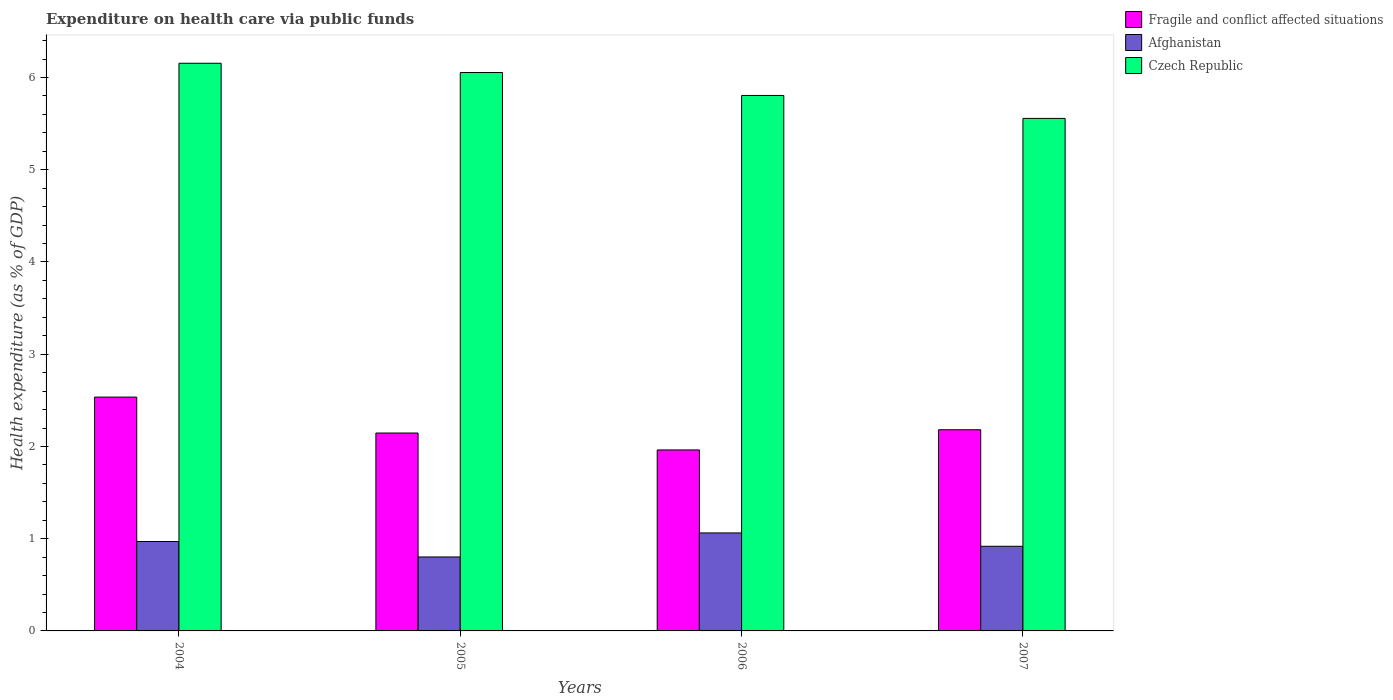
| Years | Fragile and conflict affected situations | Afghanistan | Czech Republic |
 | --- | --- | --- | --- |
 | 2004 | 2.54 | 0.969 | 6.15 |
 | 2005 | 2.15 | 0.802 | 6.05 |
 | 2006 | 1.96 | 1.06 | 5.81 |
 | 2007 | 2.18 | 0.918 | 5.56 |